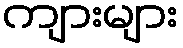
ကျားများ